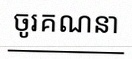
ចូរគណនា